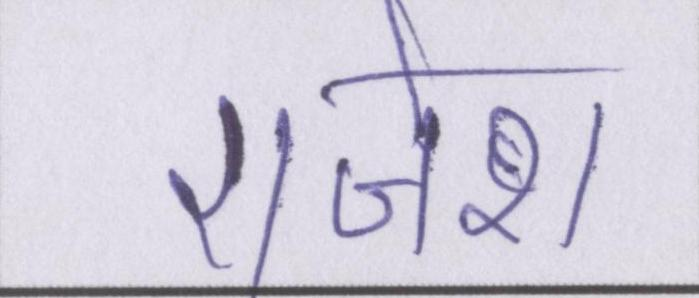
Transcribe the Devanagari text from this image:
राजेश